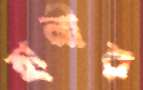
হানীর